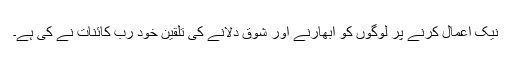
نیک اعمال کرنے پر لوگوں کو ابھارنے اور شوق دلانے کی تلقین خود رب کائنات نے کی ہے۔